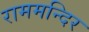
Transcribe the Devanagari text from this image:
राममन्दिर